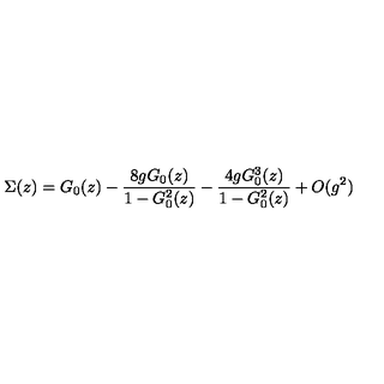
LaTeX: \Sigma ( z ) = G _ { 0 } ( z ) - { \frac { 8 g G _ { 0 } ( z ) } { 1 - G _ { 0 } ^ { 2 } ( z ) } } - { \frac { 4 g G _ { 0 } ^ { 3 } ( z ) } { 1 - G _ { 0 } ^ { 2 } ( z ) } } + O ( g ^ { 2 } )